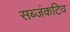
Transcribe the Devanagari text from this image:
सब्जंकटिव